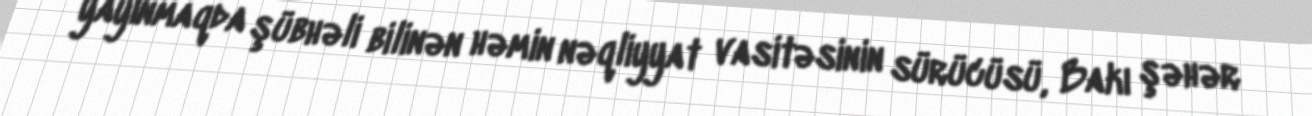
yayınmaqda şübhəli bilinən həmin nəqliyyat vasitəsinin sürücüsü, Bakı şəhər